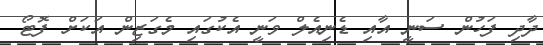
ދާދި ފަހުން ސަނީ އާއި ޑެނިއެލް ވަނީ އެކުގައި މެގަޒިން އަކަށް ފޮޓޯ